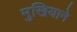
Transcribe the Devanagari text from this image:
मुखियाने